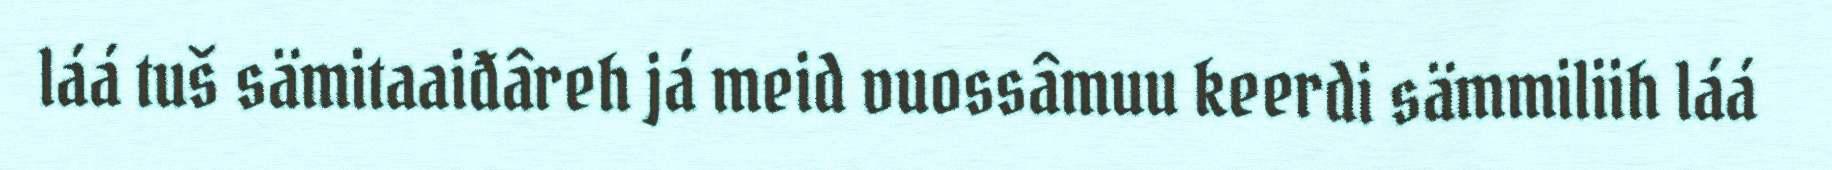
láá tuš sämitaaiđâreh já meid vuossâmuu keerdi sämmiliih láá